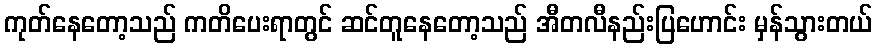
ကုတ်နေတော့သည် ကတိပေးရာတွင် ဆင်တူနေတော့သည် အီတလီနည်းပြဟောင်း မှန်သွားတယ်